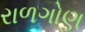
રાળગોણ